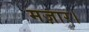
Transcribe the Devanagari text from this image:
मज़ार।